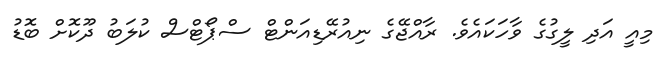
މިއީ އަދި ލީގުގެ ވާހަކައެވެ. ރާއްޖޭގެ ނިއުރޭޑިއަަންޓް ސްޕޯޓްސް ކުލަބު ދޫކޮށް ބޮޑު